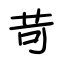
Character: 苛